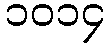
၁၀၁၄